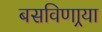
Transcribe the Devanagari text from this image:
बसविणार्‍या